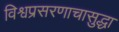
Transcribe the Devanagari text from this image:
विश्वप्रसरणाचासुद्धा